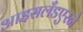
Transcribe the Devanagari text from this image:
आइसलँडएरने